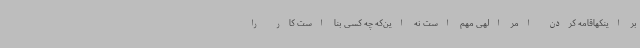
بر اینکهاقامه کردن امر الهی مهم است نه این‌که چه کسی بنا است کار را